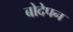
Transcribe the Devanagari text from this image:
बोदेपन